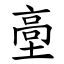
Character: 㙜